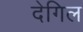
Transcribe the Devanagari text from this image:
देगिल